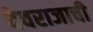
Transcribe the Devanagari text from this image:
देवराजाची